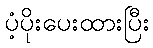
ပံ့ပိုးပေးထားပြီး